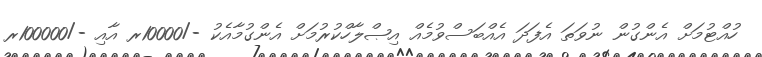
ހުއްޓުމަށް އެންގުން ނުވަތަ އެފަދަ އެއްބަސްވުމެއް އިޞްލާހްކުރުމަށް އެންގުމާއެކު -/10000ރ އާއި -/100000ރ